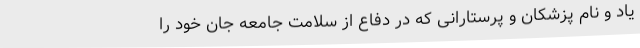
یاد و نام پزشکان و پرستارانی که در دفاع از سلامت جامعه جان خود را